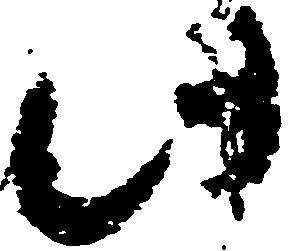
此